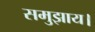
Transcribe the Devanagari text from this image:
समुझाय।